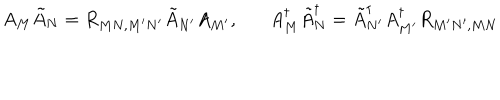
LaTeX: A _ { M } \tilde { A } _ { N } = R _ { M N , M ^ { \prime } N ^ { \prime } } \tilde { A } _ { N ^ { \prime } } A _ { M ^ { \prime } } , A _ { M } ^ { \dagger } \tilde { A } _ { N } ^ { \dagger } = \tilde { A } _ { N ^ { \prime } } ^ { \dagger } A _ { M ^ { \prime } } ^ { \dagger } R _ { M ^ { \prime } N ^ { \prime } , M N }